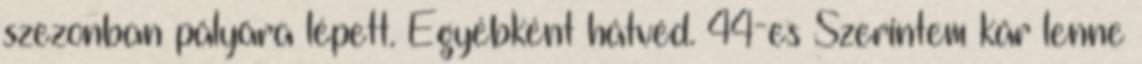
szezonban pályára lépett. Egyébként hátvéd. 44-es Szerintem kár lenne